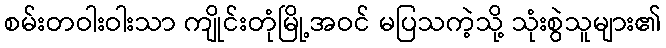
စမ်းတဝါးဝါးသာ ကျိုင်းတုံမြို့အဝင် မပြသကဲ့သို့ သုံးစွဲသူများ၏